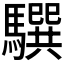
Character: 𩦖